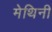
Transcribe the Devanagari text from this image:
मेथिनी